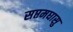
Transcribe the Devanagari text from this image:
सप्तमघासु